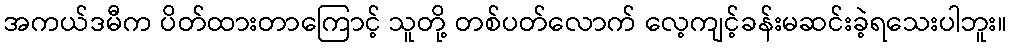
အကယ်ဒမီက ပိတ်ထားတာကြောင့် သူတို့ တစ်ပတ်လောက် လေ့ကျင့်ခန်းမဆင်းခဲ့ရသေးပါဘူး။